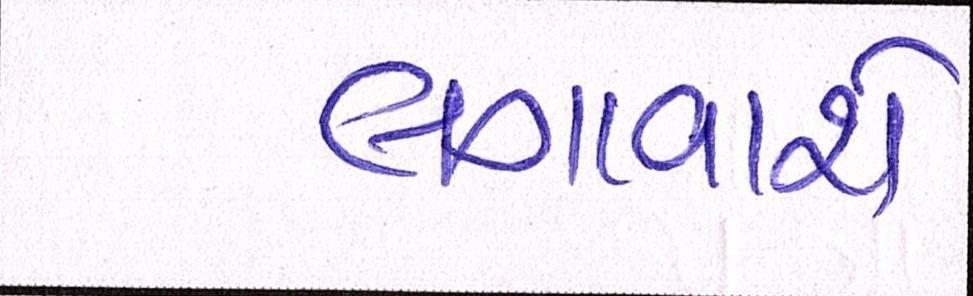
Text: લગાવાશે